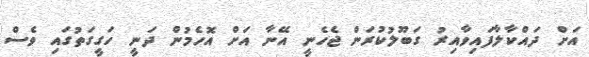
އަށް ދައްކާލާފައިވާއިރު ގަބޫލުކުރަން ޖެހެނީ އޭނާ އަށް އޮހެމުން ދަނީ ހަގީގަތުގައި ވެސް